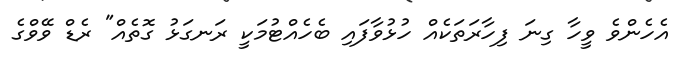
އެހެންވެ ވީހާ ގިނަ ފިހާރަތަކެއް ހުޅުވާފައި ބެހެއްޓުމަކީ ރަނގަޅު ގޮތެއް" ރެޑް ވޭވްގެ